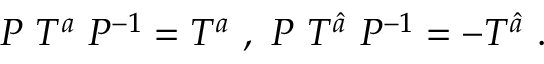
P ~ T ^ { a } ~ P ^ { - 1 } = T ^ { a } ~ , ~ P ~ T ^ { \hat { a } } ~ P ^ { - 1 } = - T ^ { \hat { a } } ~ . ~ \,